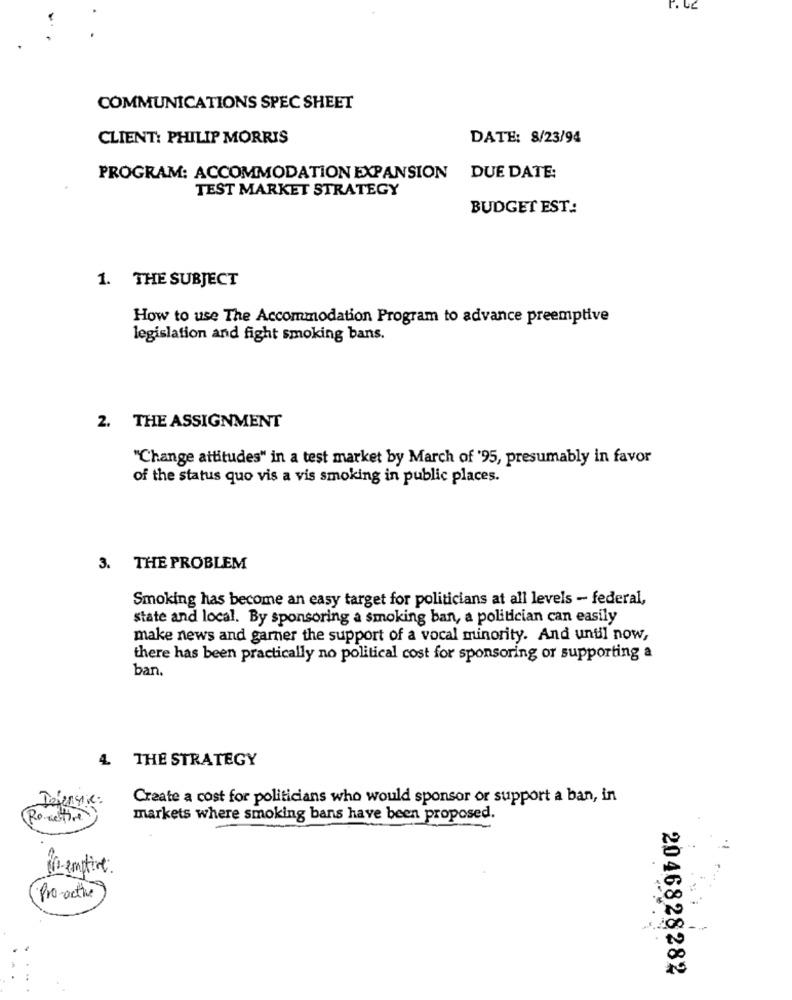
COMMUNICATIONS SPEC SHEET
CLIENT: PHILIP MORRIS
DATE: 8/23/94
PROGRAM: ACCOMMODATION EXPANSION
DUE DATE:
TEST MARKET STRATEGY
BUDGET EST:
1. THE SUBJECT
How to use The Accommodation Program to advance preemptive
legislation and fight smoking bans.
2. THE ASSIGNMENT
"Change attitudes" in a test market by March of '95, presumably in favor
of the status quo vis a vis smoking in public places.
3. THE PROBLEM
Smoking has become an easy target for politicians at all levels - federal,
state and local. By sponsoring a smoking ban, a politician can easily
make news and garner the support of a vocal minority. And until now,
there has been practically no political cost for sponsoring or supporting a
ban.
4 THE STRATEGY
Defensie :
Create a cost for politicians who would sponsor or support a ban, in
Remettre
markets where smoking bans have been proposed.
No- emptive.
Pro-active
2046828282